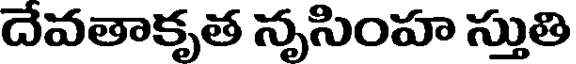
దేవతాకృత నృసింహ స్తుతి